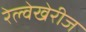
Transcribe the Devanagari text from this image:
रेल्वेखेरीज